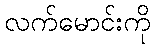
လက်မောင်းကို